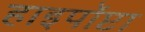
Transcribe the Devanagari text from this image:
हाइपॉप्टा